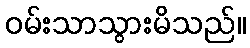
ဝမ်းသာသွားမိသည်။